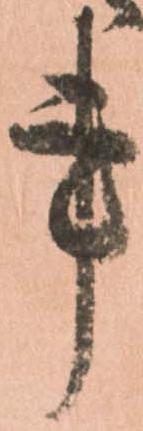
事